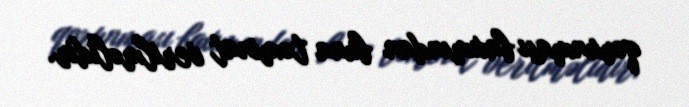
qorunması baxımından buna təminat verilməlidir.